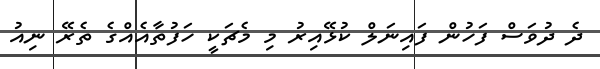
ދެ ދުވަސް ފަހުން ފައިނަލް ކުޅޭއިރު މި މެޗަކީ ހަފުތާއެއްގެ ތެރޭ ނިއު